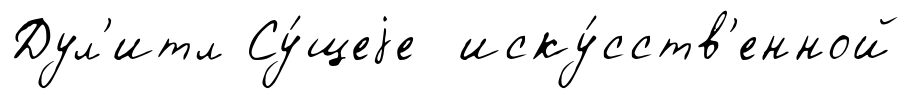
Дул'итл Су́щеjе иску́сств'енной